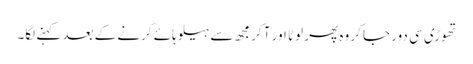
تھوڑی سی دور جا کر وہ پھر لوٹا اور آ کر مجھ سے ہیلو ہائے کرنے کے بعد کہنے لگا۔